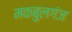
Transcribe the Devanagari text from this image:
मकबुलगंज